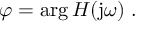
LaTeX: \varphi = \arg H ( \mathrm { j } \omega ) \; .